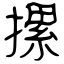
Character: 摞